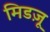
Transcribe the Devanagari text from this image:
मिडज़ू